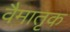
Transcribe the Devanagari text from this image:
वैमातृक